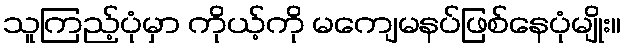
သူကြည့်ပုံမှာ ကိုယ့်ကို မကျေမနပ်ဖြစ်နေပုံမျိုး။